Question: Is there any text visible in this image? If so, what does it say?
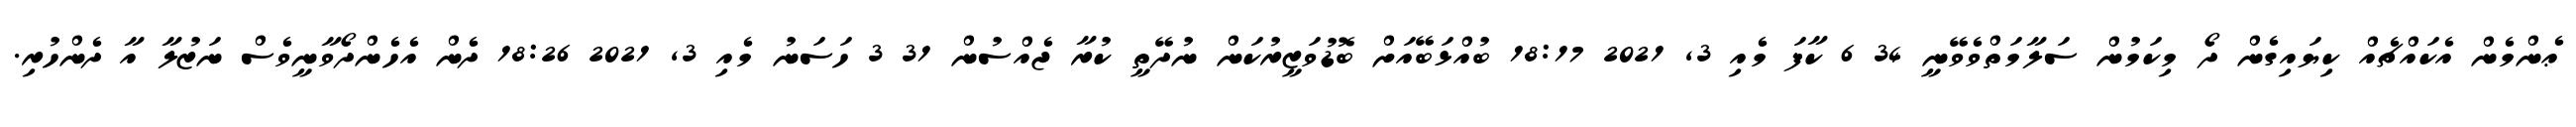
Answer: ޢެންމެން އެކައްޗެއް ކިޔައިގެން ދޯ މިކަމުން ސަލާމަތްވެވޭނީ 34 6 ކާފަ މެއި 3, 2021 18:17 ބުއްޅަބޭއަށް ބޮޑުވަޒީރުކަން ނުދޭތީ ކުރާ ޖެއްސުން 31 3 ހަސަނު މެއި 3, 2021 18:26 ދެން އެހެންދޯވާނީވެސް ނަޒުލާ އާ ދެންހުރި.